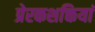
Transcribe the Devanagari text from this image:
प्रेरकशक्तियां